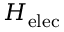
H _ { \mathrm { e l e c } }